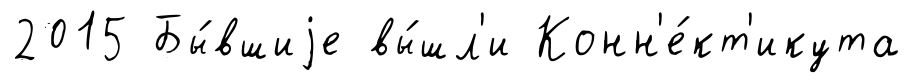
2015 Бы́вшиjе вы́шл'и Конн'е́кт'икута